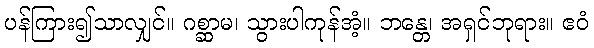
ပန်ကြား၍သာလျှင်။ ဂစ္ဆာမ၊ သွားပါကုန်အံ့။ ဘန္တေ၊ အရှင်ဘုရား။ ဧဝံ